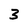
Character: 3